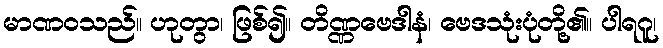
မာဏဝသည်။ ဟုတွာ၊ ဖြစ်၍။ တိဏ္ဏဗေဒါနံ၊ ဗေဒသုံးပုံတို့၏။ ပါရဂူ၊